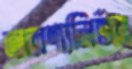
তারণ্যনির্ভর